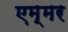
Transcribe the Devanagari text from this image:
एम्मर